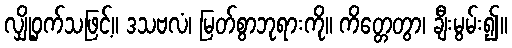
လျှို့ဝှက်သဖြင့်။ ဒသဗလံ၊ မြတ်စွာဘုရားကို။ ကိတ္တေတွာ၊ ချီးမွမ်း၍။